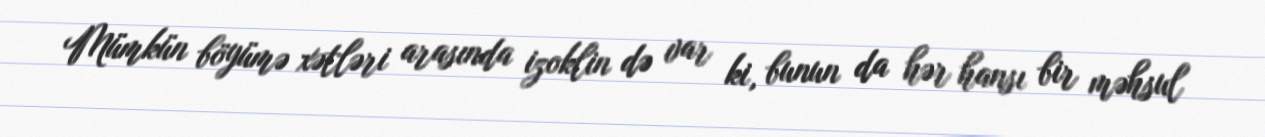
Mümkün böyümə xətləri arasında izoklin də var ki, bunun da hər hansı bir məhsul